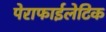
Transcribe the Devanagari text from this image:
पेराफाईलेटिक